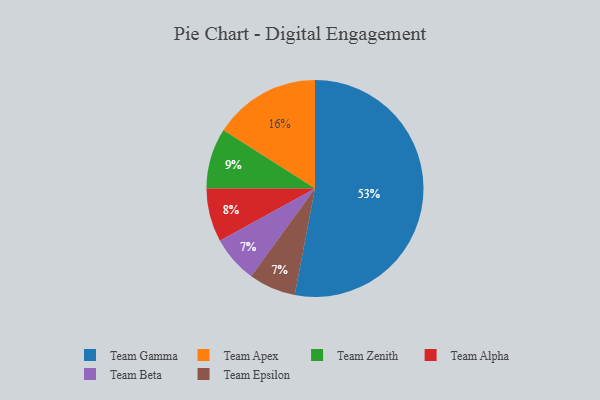
{"axis": {"x": "Category", "y": "Percentage"}, "legend": ["Team Alpha", "Team Apex", "Team Beta", "Team Epsilon", "Team Gamma", "Team Zenith"], "data": [{"x": "Team Beta", "y": 7, "type": "Team Beta"}, {"x": "Team Gamma", "y": 53, "type": "Team Gamma"}, {"x": "Team Alpha", "y": 8, "type": "Team Alpha"}, {"x": "Team Epsilon", "y": 7, "type": "Team Epsilon"}, {"x": "Team Zenith", "y": 9, "type": "Team Zenith"}, {"x": "Team Apex", "y": 16, "type": "Team Apex"}]}